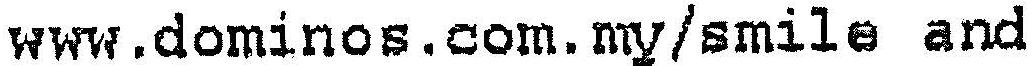
WWW.DOMINOS.COM.MY/SMILE AND